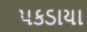
પકડાયા